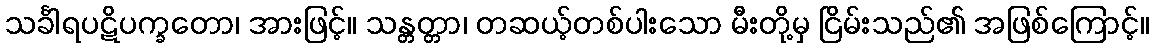
သင်္ခါရပဋိပက္ခတော၊ အားဖြင့်။ သန္တတ္တာ၊ တဆယ့်တစ်ပါးသော မီးတို့မှ ငြိမ်းသည်၏ အဖြစ်ကြောင့်။